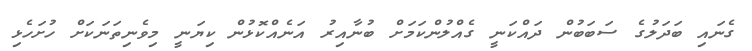
ގެނައި ބަދަލުގެ ސަބަބުން ދައްކަނީ ގެއްލުންކަމަށް ބުނާއިރު އަނެއްކޮޅުން ކިޔަނީ މިވެނިތަނަކަށް ހުށަހެޅި